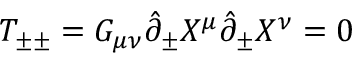
T _ { \pm \pm } = G _ { \mu \nu } \hat { \partial } _ { \pm } X ^ { \mu } \hat { \partial } _ { \pm } X ^ { \nu } = 0